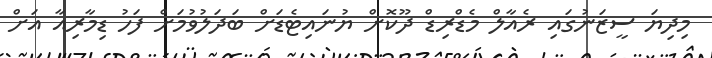
މިދިޔަ ސީޒަނުގައި ރެއާލް މެޑްރިޑް ދޫކޮށް ޔުނައިޓެޑަށް ބަދަލުވުމަށް ފަހު ޑިމާރިއާ އަށް